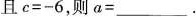
且$$c = - 6$$，则$$a =$$___。